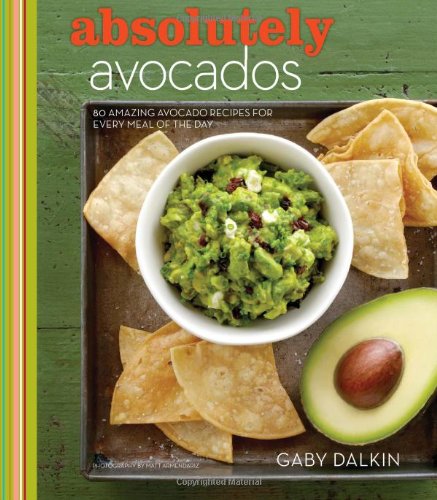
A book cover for Absolutely Avocados; Gaby Dalkin; Cookbooks, Food & Wine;